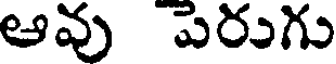
ఆవు పెరుగు